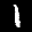
Label: 1